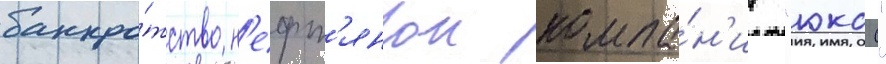
банкро́тство н'ефт'янои компа́н'ии "юкос"